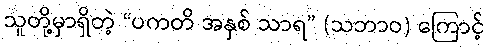
သူတို့မှာရှိတဲ့ “ပကတိ အနှစ် သာရ” (သဘာဝ) ကြောင့်